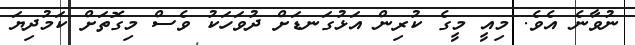
ނުވާނެ އެވެ. މިއީ މީގެ ކުރިން އަޅުގަނޑަށް ދުވަހަކު ވެސް މިގޮތަށް ކަމުދިޔަ